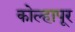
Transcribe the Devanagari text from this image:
काेेल्हापूर